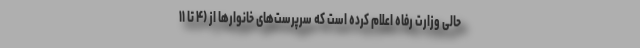
حالی وزارت رفاه اعلام کرده است که سرپرست‌های خانوارها از (۴ تا ۱۱